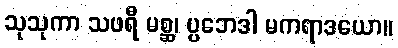
သုသုကာ သဖရီ မစ္ဆ၊ ပ္ပဘေဒါ မကရာဒယော။